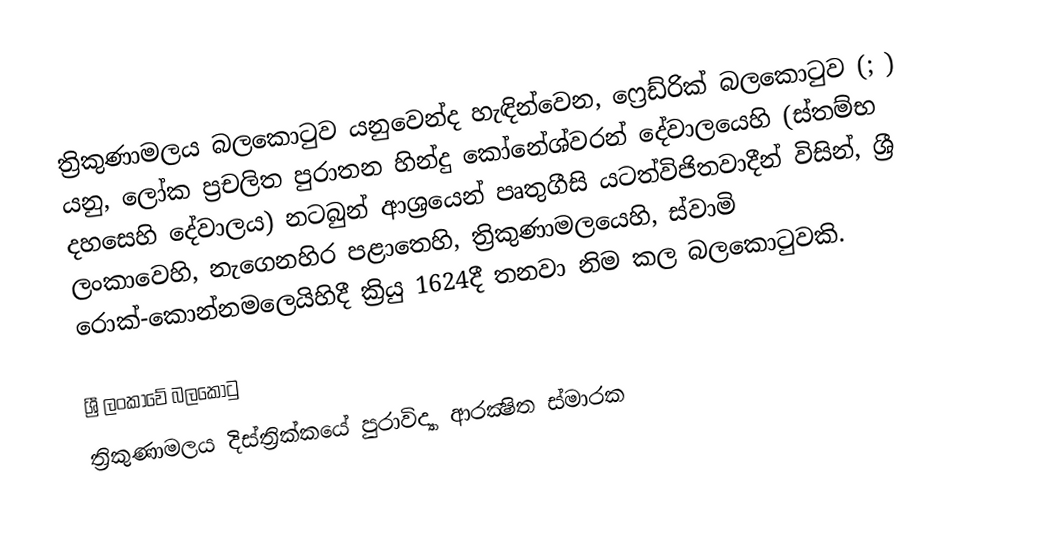
ත්‍රිකුණාමලය බලකොටුව යනුවෙන්ද හැඳින්වෙන,  ෆ්‍රෙඩ්රික් බලකොටුව (; ) යනු, ලෝක ප්‍රචලිත පුරාතන හින්දු  කෝනේශ්වරන් දේවාලයෙහි (ස්තම්භ දහසෙහි දේවාලය) නටබුන් ආශ්‍රයෙන් පෘතුගීසි යටත්විජිතවාදීන් විසින්,  ශ්‍රී ලංකාවෙහි, නැගෙනහිර පළාතෙහි, ත්‍රිකුණාමලයෙහි, ස්වාමි රොක්-කොන්නමලෙයිහිදී  ක්‍රියු 1624දී තනවා නිම කල බලකොටුවකි.

ශ්‍රී ලංකාවේ බලකොටු
ත්‍රිකුණාමලය දිස්ත්‍රික්කයේ පුරාවිද්‍යා ආරක්‍ෂිත ස්මාරක